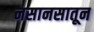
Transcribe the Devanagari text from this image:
नसानसातून